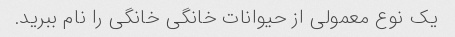
یک نوع معمولی از حیوانات خانگی خانگی را نام ببرید.